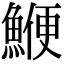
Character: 鯾